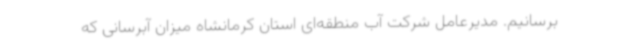
برسانیم. مدیرعامل شرکت آب منطقه‌ای استان کرمانشاه میزان آبرسانی که